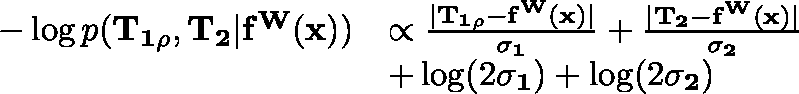
\begin{array} { r l } { - \log p ( \mathbf { T _ { 1 \rho } } , \mathbf { T _ { 2 } } | \mathbf { f ^ { W } ( x ) } ) } & { \propto \frac { | \mathbf { T _ { 1 \rho } - \mathbf { f ^ { W } ( x ) } } | } { \mathbf { \sigma _ { 1 } } } + \frac { | \mathbf { T _ { 2 } - \mathbf { f ^ { W } ( x ) } } | } { \mathbf { \sigma _ { 2 } } } } \\ & { + \log ( 2 \mathbf { \sigma _ { 1 } } ) + \log ( 2 \mathbf { \sigma _ { 2 } } ) } \end{array}